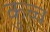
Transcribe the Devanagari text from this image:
कुच्च